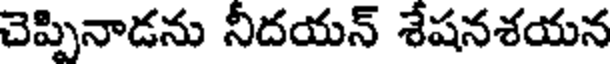
చెప్పినాడను నీదయన్ శేషనశయన